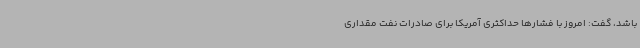
باشد، گفت: امروز با فشارها حداکثری آمریکا برای صادرات نفت مقداری